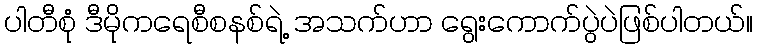
ပါတီစုံ ဒီမိုကရေစီစနစ်ရဲ့ အသက်ဟာ ရွေးကောက်ပွဲပဲဖြစ်ပါတယ်။